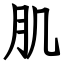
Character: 肌